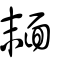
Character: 𩈘